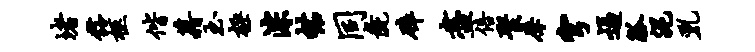
堵髂柩偕藉玉极淙帖同彘碎尽倍聚摩穹逼觚泥乳